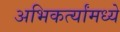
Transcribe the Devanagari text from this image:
अभिकर्त्यांमध्ये